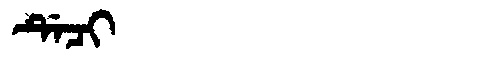
Manchu: ᡩᡝᠴᡳ
Romanization: DECI